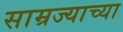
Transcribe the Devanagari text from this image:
साम्रज्याच्या